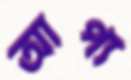
আপ্য